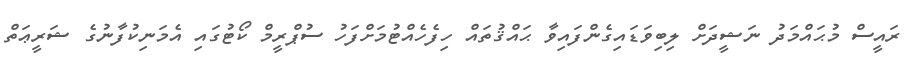
ރައީސް މުޙައްމަދު ނަޝީދަށް ލިބިވަޑައިގެންފައިވާ ޙައްޤުތައް ހިފެހެއްޓުމަށްފަހު ސުޕްރީމް ކޯޓުގައި އެމަނިކުފާނުގެ ޝަރީޢަތް